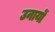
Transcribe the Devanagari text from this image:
उनायों